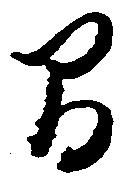
間